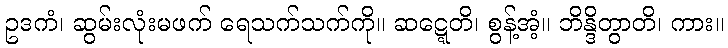
ဥဒကံ၊ ဆွမ်းလုံးမဖက် ရေသက်သက်ကို။ ဆဋ္ဋေတိ၊ စွန့်အံ့။ ဘိန္ဒိတွာတိ၊ ကား။